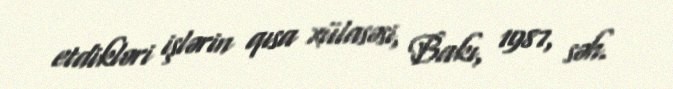
etdikləri işlərin qısa xülasəsi, Bakı, 1987, səh.